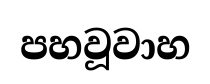
පහවූවාහ